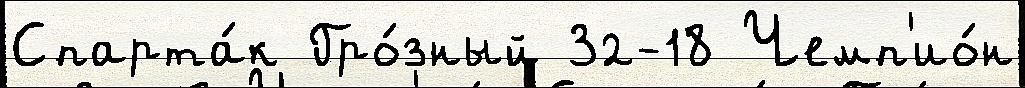
Спарта́к Гро́зный 32-18 Чемп'ио́н